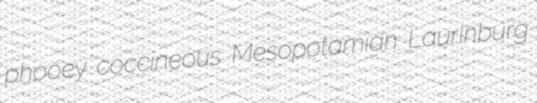
phooey coccineous Mesopotamian Laurinburg